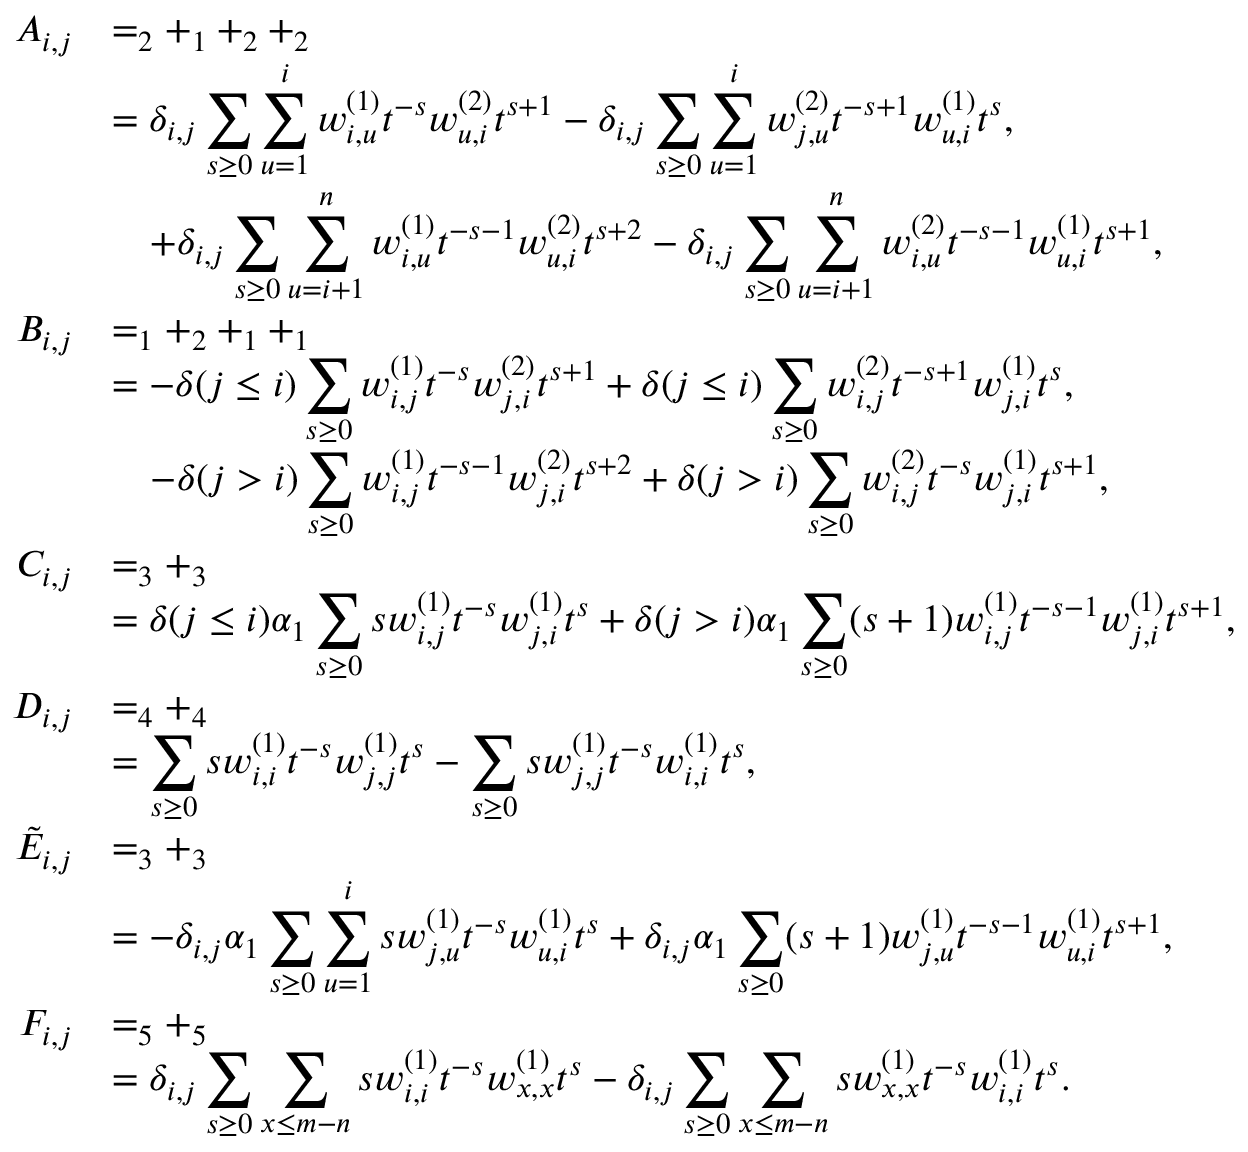
\begin{array} { r l } { A _ { i , j } } & { = _ { 2 } + _ { 1 } + _ { 2 } + _ { 2 } } \\ & { = \delta _ { i , j } \displaystyle \sum _ { s \geq 0 } \sum _ { u = 1 } ^ { i } w _ { i , u } ^ { ( 1 ) } t ^ { - s } w _ { u , i } ^ { ( 2 ) } t ^ { s + 1 } - \delta _ { i , j } \displaystyle \sum _ { s \geq 0 } \sum _ { u = 1 } ^ { i } w _ { j , u } ^ { ( 2 ) } t ^ { - s + 1 } w _ { u , i } ^ { ( 1 ) } t ^ { s } , } \\ & { \quad + \delta _ { i , j } \displaystyle \sum _ { s \geq 0 } \sum _ { u = i + 1 } ^ { n } w _ { i , u } ^ { ( 1 ) } t ^ { - s - 1 } w _ { u , i } ^ { ( 2 ) } t ^ { s + 2 } - \delta _ { i , j } \displaystyle \sum _ { s \geq 0 } \sum _ { u = i + 1 } ^ { n } w _ { i , u } ^ { ( 2 ) } t ^ { - s - 1 } w _ { u , i } ^ { ( 1 ) } t ^ { s + 1 } , } \\ { B _ { i , j } } & { = _ { 1 } + _ { 2 } + _ { 1 } + _ { 1 } } \\ & { = - \delta ( j \leq i ) \displaystyle \sum _ { s \geq 0 } w _ { i , j } ^ { ( 1 ) } t ^ { - s } w _ { j , i } ^ { ( 2 ) } t ^ { s + 1 } + \delta ( j \leq i ) \displaystyle \sum _ { s \geq 0 } w _ { i , j } ^ { ( 2 ) } t ^ { - s + 1 } w _ { j , i } ^ { ( 1 ) } t ^ { s } , } \\ & { \quad - \delta ( j > i ) \displaystyle \sum _ { s \geq 0 } w _ { i , j } ^ { ( 1 ) } t ^ { - s - 1 } w _ { j , i } ^ { ( 2 ) } t ^ { s + 2 } + \delta ( j > i ) \displaystyle \sum _ { s \geq 0 } w _ { i , j } ^ { ( 2 ) } t ^ { - s } w _ { j , i } ^ { ( 1 ) } t ^ { s + 1 } , } \\ { C _ { i , j } } & { = _ { 3 } + _ { 3 } } \\ & { = \delta ( j \leq i ) \alpha _ { 1 } \displaystyle \sum _ { s \geq 0 } s w _ { i , j } ^ { ( 1 ) } t ^ { - s } w _ { j , i } ^ { ( 1 ) } t ^ { s } + \delta ( j > i ) \alpha _ { 1 } \displaystyle \sum _ { s \geq 0 } ( s + 1 ) w _ { i , j } ^ { ( 1 ) } t ^ { - s - 1 } w _ { j , i } ^ { ( 1 ) } t ^ { s + 1 } , } \\ { D _ { i , j } } & { = _ { 4 } + _ { 4 } } \\ & { = \displaystyle \sum _ { s \geq 0 } s w _ { i , i } ^ { ( 1 ) } t ^ { - s } w _ { j , j } ^ { ( 1 ) } t ^ { s } - \displaystyle \sum _ { s \geq 0 } s w _ { j , j } ^ { ( 1 ) } t ^ { - s } w _ { i , i } ^ { ( 1 ) } t ^ { s } , } \\ { \tilde { E } _ { i , j } } & { = _ { 3 } + _ { 3 } } \\ & { = - \delta _ { i , j } \alpha _ { 1 } \displaystyle \sum _ { s \geq 0 } \sum _ { u = 1 } ^ { i } s w _ { j , u } ^ { ( 1 ) } t ^ { - s } w _ { u , i } ^ { ( 1 ) } t ^ { s } + \delta _ { i , j } \alpha _ { 1 } \displaystyle \sum _ { s \geq 0 } ( s + 1 ) w _ { j , u } ^ { ( 1 ) } t ^ { - s - 1 } w _ { u , i } ^ { ( 1 ) } t ^ { s + 1 } , } \\ { F _ { i , j } } & { = _ { 5 } + _ { 5 } } \\ & { = \delta _ { i , j } \displaystyle \sum _ { s \geq 0 } \sum _ { x \leq m - n } s w _ { i , i } ^ { ( 1 ) } t ^ { - s } w _ { x , x } ^ { ( 1 ) } t ^ { s } - \delta _ { i , j } \displaystyle \sum _ { s \geq 0 } \sum _ { x \leq m - n } s w _ { x , x } ^ { ( 1 ) } t ^ { - s } w _ { i , i } ^ { ( 1 ) } t ^ { s } . } \end{array}